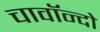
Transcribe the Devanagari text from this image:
चावॉन्दो